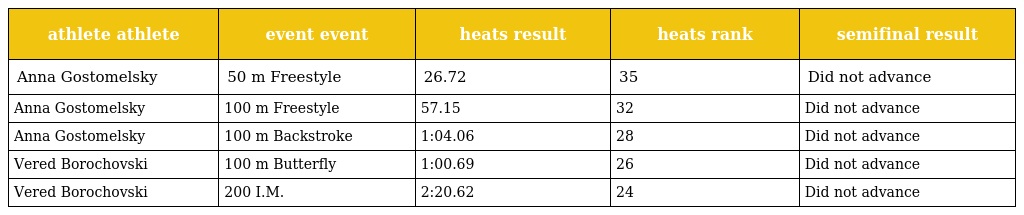
| athlete athlete | event event | heats result | heats rank | semifinal result |
 | --- | --- | --- | --- | --- |
 | Anna Gostomelsky | 50 m Freestyle | 26.72 | 35 | Did not advance |
 | Anna Gostomelsky | 100 m Freestyle | 57.15 | 32 | Did not advance |
 | Anna Gostomelsky | 100 m Backstroke | 1:04.06 | 28 | Did not advance |
 | Vered Borochovski | 100 m Butterfly | 1:00.69 | 26 | Did not advance |
 | Vered Borochovski | 200 I.M. | 2:20.62 | 24 | Did not advance |